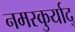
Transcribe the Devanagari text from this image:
नमस्कुर्याद्